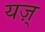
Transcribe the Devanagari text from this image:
यज़्